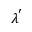
\lambda ^ { ' }